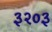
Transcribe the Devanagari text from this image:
३२०३